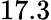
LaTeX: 17.3